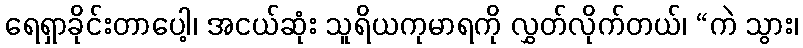
ရေရှာခိုင်းတာပေါ့၊ အငယ်ဆုံး သူရိယကုမာရကို လွှတ်လိုက်တယ်၊ “ကဲ သွား၊